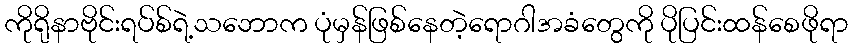
ကိုရိုနာဗိုင်းရပ်စ်ရဲ့သဘောက ပုံမှန်ဖြစ်နေတဲ့ရောဂါအခံတွေကို ပိုပြင်းထန်စေဖိုရာ